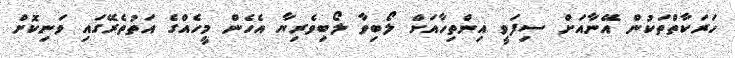
ހަރަކާތްތަކުން އޭނާއަށް ސިފަވީ އިންތިހާއަށް ލޯބިވާ ލޯބިވެރިޔާ އެހެން މީހެއްގެ އަތުތެރޭގައި ވަނިކޮށް